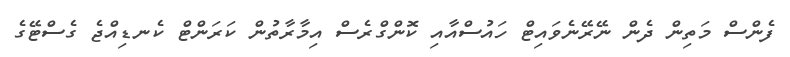
ފެންސް މަތިން ދެން ނޭރޭނެވައިޓް ހައުސްއާއި ކޮންގްރެސް އިމާރާތުން ކަރަންޓް ކެނޑިއްޖެ ގެސްޓޭގެ